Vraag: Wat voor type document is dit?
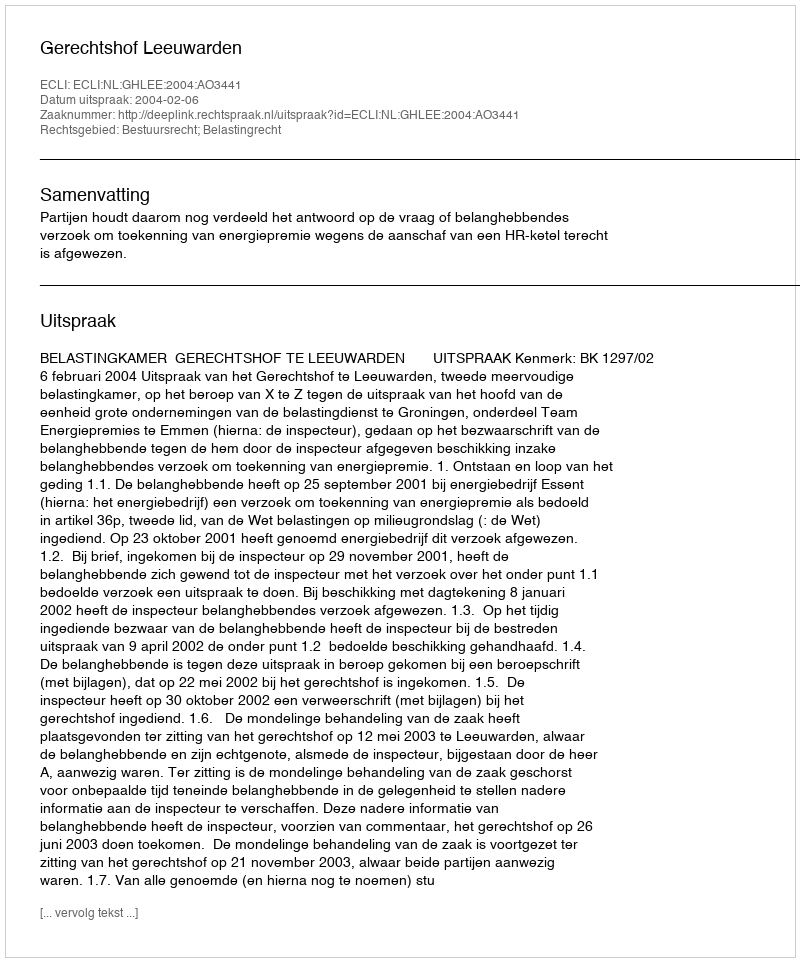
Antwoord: Uitspraak